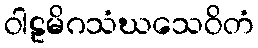
ဝါဠမိဂသံဃသေဝိတံ